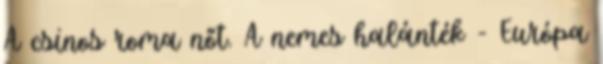
A csinos roma nőt. A nemes halánték - Európa